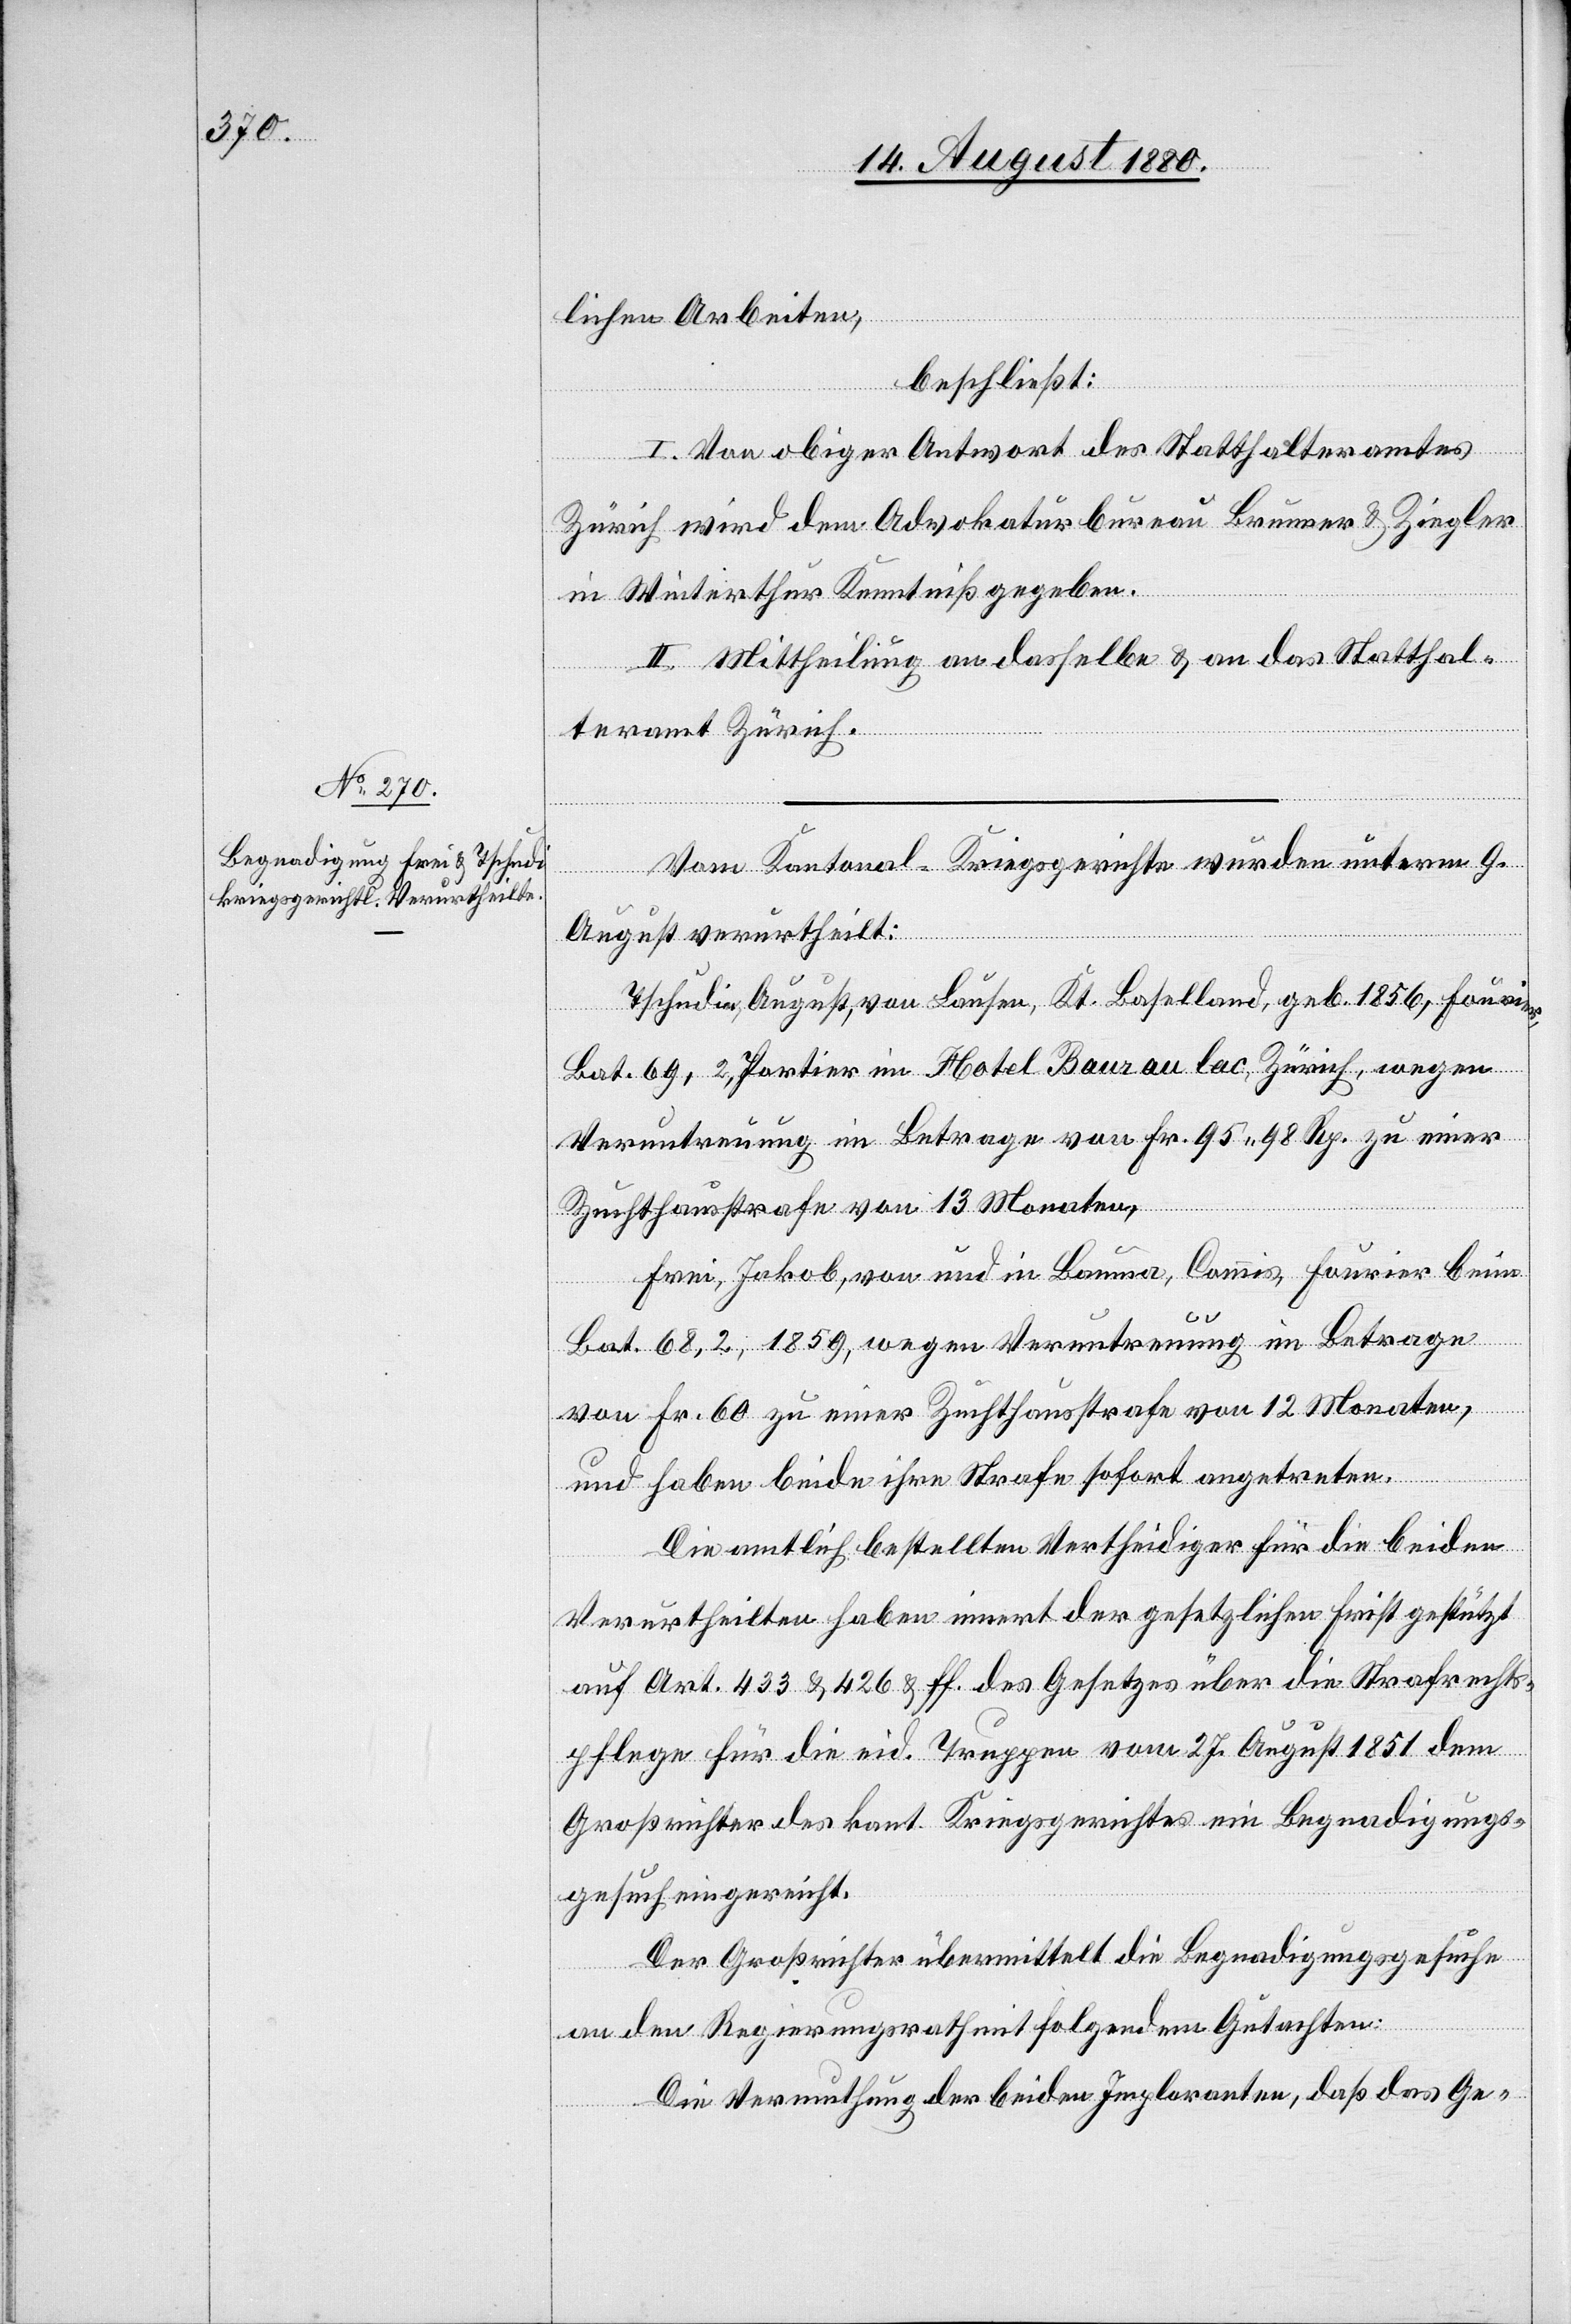
lichen Arbeiten,
beschließt:
I. Von obiger Antwort des Statthalteramtes
Zürich wird dem Advokaturbureau Brunner & Ziegler
in Winterthur Kenntniß gegeben.
II. Mittheilung an dasselbe & an das Statthal¬
teramt Zürich.
Vom Kantonal-Kriegsgerichte wurden unterm 9.
August verurtheilt:
Tschudi, August, von Laufen, Kt. Baselland, geb. 1856, Fourier,
Bat. 69,2, Portier im Hotel Baur au lac, Zürich, wegen
Veruntreuung im Betrage von Fr. 95 98 Rp. zu einer
Zuchthausstrafe von 13 Monaten,
Frei, Jakob, von und in Bauma, Commis, Fourier beim
Bat. 68,2, 1859, wegen Veruntreuung im Betrage
von Fr. 60 zu einer Zuchthausstrafe von 12 Monaten,
und haben beide ihre Strafe sofort angetreten.
Die amtlich bestellten Vertheidiger für die beiden
Verurtheilten haben innert der gesetzlichen Frist gestützt
auf Art. 433 & 426 & ff. des Gesetzes über die Strafrechts¬
pflege für die eid. Truppen vom 27. August 1851 dem
Großrichter des kant. Kriegsgerichtes ein Begnadigungs¬
gesuch eingereicht.
Der Großrichter übermittelt die Begnadigungsgesuche
an den Regierungsrath mit folgendem Gutachten:
Die Vermuthung der beiden Imploranten, daß das Ge-